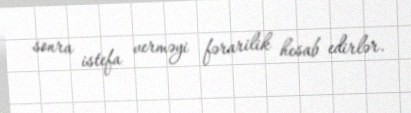
sonra istefa verməyi fərarilik hesab edirlər.